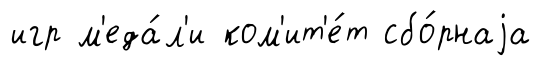
игр м'еда́л'и ком'ит'е́т сбо́рнаjа